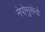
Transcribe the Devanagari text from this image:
नेपोमुसेनो